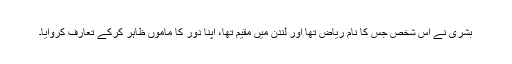
بشریٰ نے اس شخص جس کا نام ریاض تھا اور لندن میں مقیم تھا، اپنا دور کا ماموں ظاہر کرکے تعارف کروایا۔